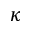
\kappa